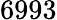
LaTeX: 6993